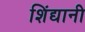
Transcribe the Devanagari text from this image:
शिंद्यानी